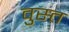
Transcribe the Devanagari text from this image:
वुस्त